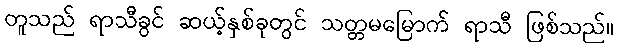
တူသည် ရာသီခွင် ဆယ့်နှစ်ခုတွင် သတ္တမမြောက် ရာသီ ဖြစ်သည်။